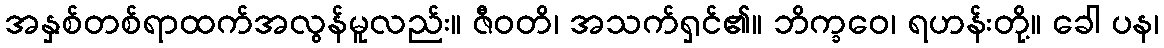
အနှစ်တစ်ရာထက်အလွန်မူလည်း။ ဇီဝတိ၊ အသက်ရှင်၏။ ဘိက္ခဝေ၊ ရဟန်းတို့။ ခေါ ပန၊